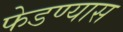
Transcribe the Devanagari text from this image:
फेडण्यास